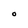
Character: O